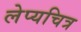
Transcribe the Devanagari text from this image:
लेप्यचित्र